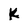
Character: k